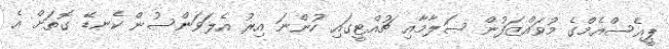
ޕީއެސްއެމްގެ މުވައްޒަފުން ސަލާމާއި ޗުއްޓީގައި ހުންނަ އިރު އެލަވަންސުން ކެނޑޭ ގޮތަށް އެ